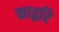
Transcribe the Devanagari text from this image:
काद्बरि